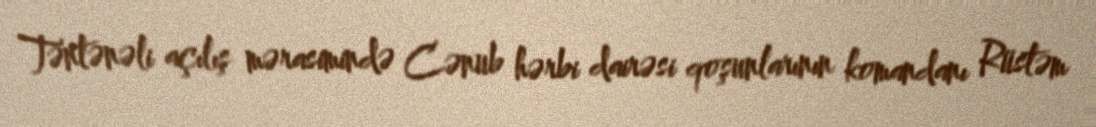
Təntənəli açılış mərasimində Cənub hərbi dairəsi qoşunlarının komandanı Rüstəm